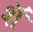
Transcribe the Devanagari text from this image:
शॅ